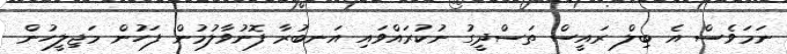
ނަމަވެސް އެ ބިލް ރައީސް ތަސްދީގު ނުކުރައްވައި އަނބުރާ ފޮނުވާލުމުން ފަހުން މަޖިލީހުން